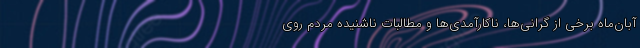
آبان‌ماه برخی از گرانی‌ها، ناکارآمدی‌ها و مطالبات ناشنیده مردم روی